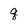
Character: q